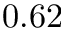
0 . 6 2